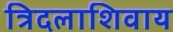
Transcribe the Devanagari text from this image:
त्रिदलाशिवाय